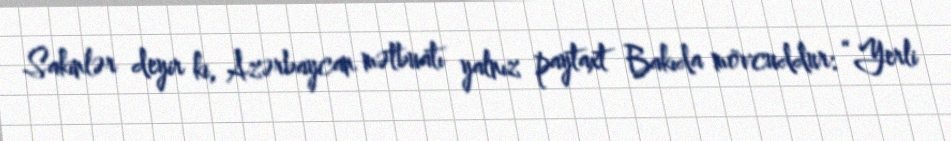
Sakinlər deyir ki, Azərbaycan mətbuatı yalnız paytaxt Bakıda mövcuddur: “Yerli